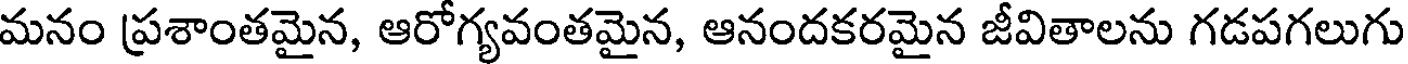
మనం ప్రశాంతమైన, ఆరోగ్యవంతమైన, ఆనందకరమైన జీవితాలను గడపగలుగు